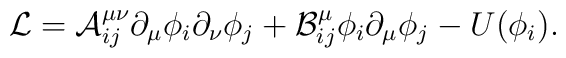
{\cal {L}}={\cal {A}}_{ij}^{\mu \nu }\partial _{\mu }\phi _{i}\partial _{\nu }\phi _{j}+{\cal {B}}_{ij}^{\mu }\phi _{i}\partial _{\mu }\phi _{j}-U(\phi _{i}).